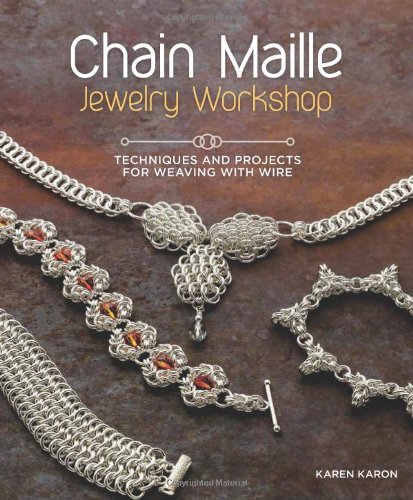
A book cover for Chain Maille Jewelry Workshop: Techniques and Projects for Weaving with Wire; Karen Karon; Crafts, Hobbies & Home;